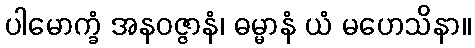
ပါမောက္ခံ အနဝဇ္ဇာနံ၊ ဓမ္မာနံ ယံ မဟေသိနာ။